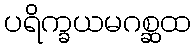
ပရိက္ခယမဂစ္ဆထ